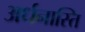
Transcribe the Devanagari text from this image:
अर्धनास्ति